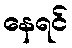
နေရင်